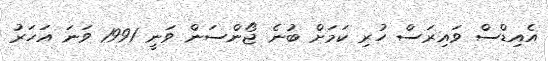
އެއިޑްސް ވައިރަސް ހުރި ކަމަށް ބުނެ ޖޯންސަން ވަނީ 1991 ވަނަ އަހަރު